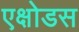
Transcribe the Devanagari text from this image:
एक्षोडस